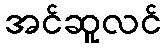
အင်ဆူလင်